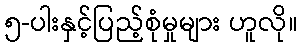
၅-ပါးနှင့်ပြည့်စုံမှုများ ဟူလို။